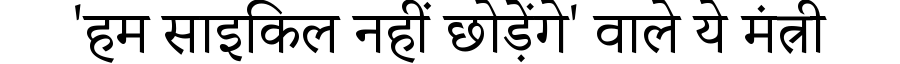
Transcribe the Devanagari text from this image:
'हम साइकिल नहीं छोड़ेंगे' वाले ये मंत्री